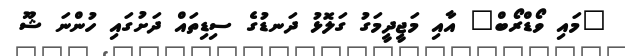
"މައި ވޯޑްރޯބް" އާއި މަޖީދީމަގު ގަލޮޅު ދަނޑުގެ ސިޑިތައް ދަށުގައި ހުންނަ ޝޫ